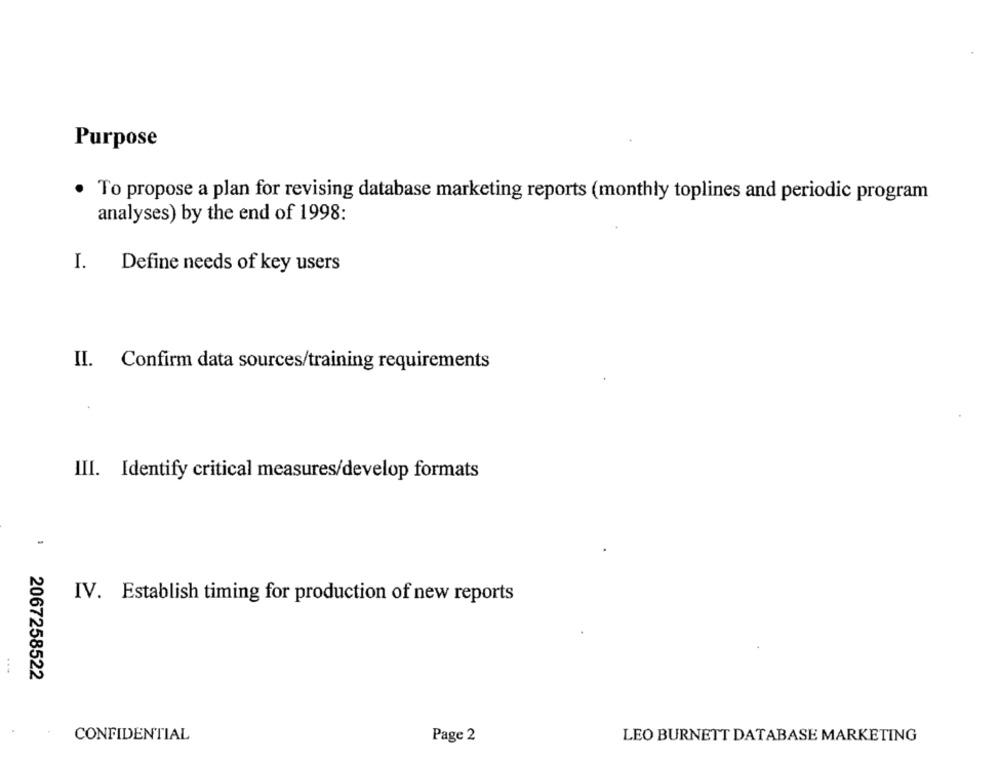
Purpose
To propose a plan for revising database marketing reports (monthly toplines and periodic program
analyses) by the end of 1998:
I.
Define needs of key users
II. Confirm data sources/training requirements
III. Identify critical measures/develop formats
1
IV. Establish timing for production of new reports
2067258522
CONFIDENTIAL
Page 2
LEO BURNETT DATABASE MARKETING